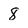
Character: 8